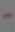
-